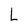
Character: L